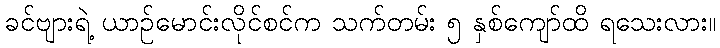
ခင်ဗျားရဲ့ ယာဉ်မောင်းလိုင်စင်က သက်တမ်း ၅ နှစ်ကျော်ထိ ရသေးလား။